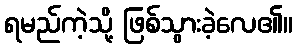
ရမည်ကဲ့သို့ ဖြစ်သွားခဲ့လေ၏။